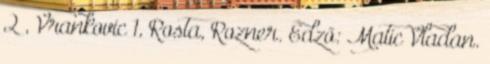
2 , Vrankovic 1, Rosta, Rozner. Edző: Matic Vladan.